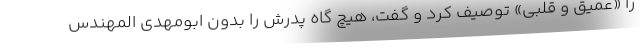
را «عمیق و قلبی» توصیف کرد و گفت، هیچ گاه پدرش را بدون ابومهدی المهندس